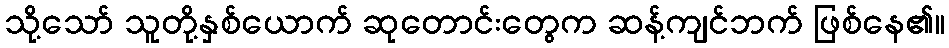
သို့သော် သူတို့နှစ်ယောက် ဆုတောင်းတွေက ဆန့်ကျင်ဘက် ဖြစ်နေ၏။